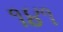
૧૪૧